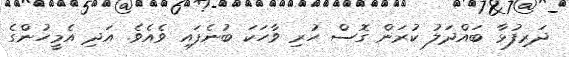
ދަރިފުޅާ ބައްދަލު ކުރަން ގޮސް ހުރި ވާހަކަ ބުނެފައި ވެއެވެ. އަދި އެމީހުންގެ